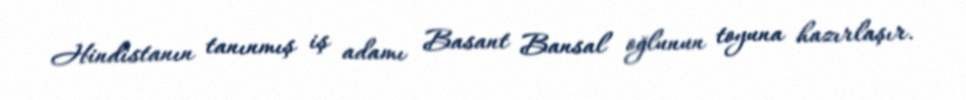
Hindistanın tanınmış iş adamı Basant Bansal oğlunun toyuna hazırlaşır.